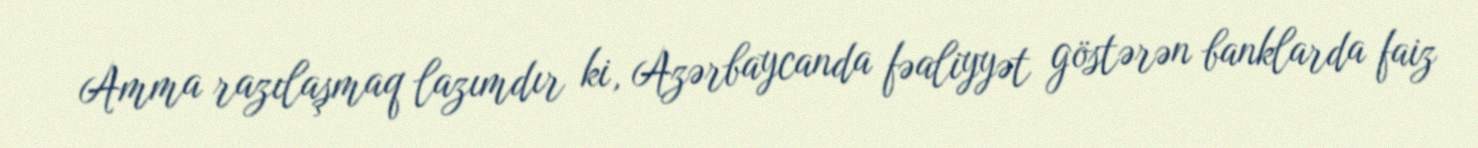
Amma razılaşmaq lazımdır ki, Azərbaycanda fəaliyyət göstərən banklarda faiz